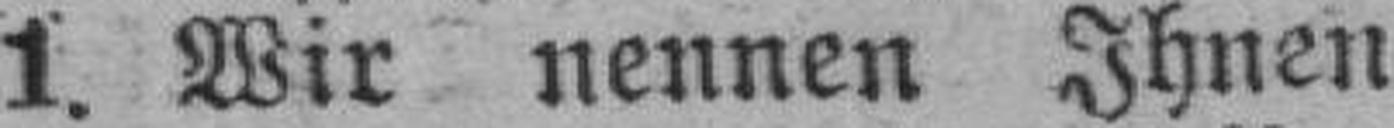
1. Wir nennen Ihnen